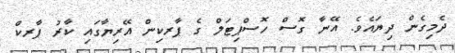
ދެމިގެން ދިޔައެވެ. އޭނާ ގޮސް ހޮސްޕިޓަލް ގެ ޕާރކިން އޭރިޔާގައި ކާރު ޕާރކް